Report on vaccination in Madras 1877-1894 - 1877-1894
Year: 1877
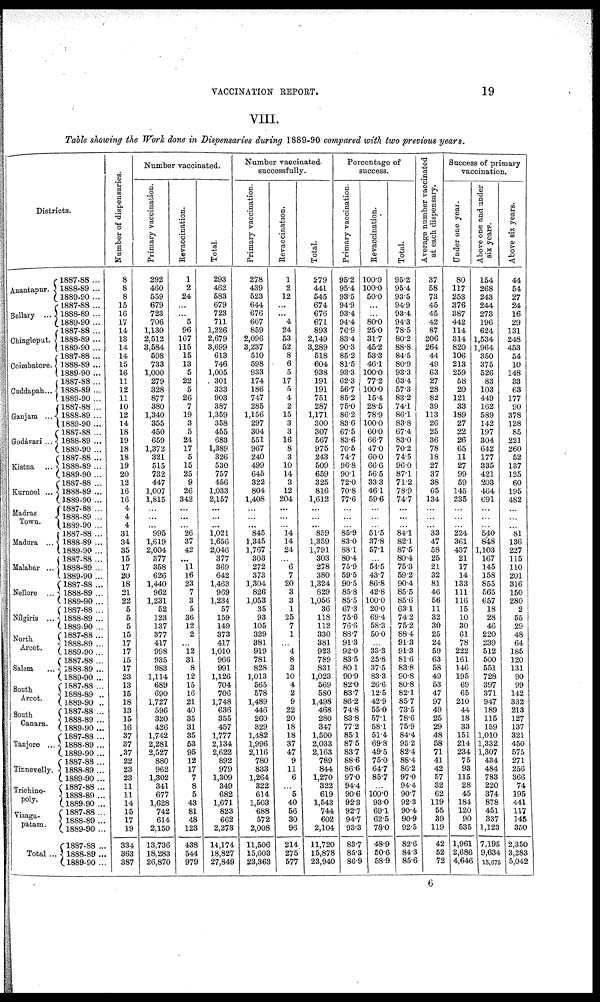
VACCINATION REPORT.
19
VIII.
Table showing the Work done in Dispensaries during 1889-90 compared with two previous years.
Districts.
Anantapur.
Bellary ...
Chingleput.
Coimbatore.
Cuddapah...
Ganjam ...
Godávari ...
Kistna ...
Kurnool ...
Madras
Town.
Madura ...
Malabar ...
Nellore ...
Nílgiris ...
North
Arcot.
Salem ...
South
Arcot.
South
Canara.
Tanjore ...
Tinnevelly.
Trichino¬
poly.
Vizaga¬
patam.
Total ...
1887-88 ...
1888-89 ...
1889-90 ...
1887-88 ...
1888-89 ...
1889-90 ...
1887-88 ...
1888-89 ...
1889-90 ...
1887-88 ...
1888-89 ...
1889-90 ...
1887-88 ...
1888-89 ...
1889-90 ...
1887-88 ...
1888-89 ...
1889-90...
1887-88 ...
1888-89 ...
1889-90 ...
1887-88 ...
1888-89 ...
1889-90...
1887-88 ...
1888-89 ...
1889-90...
1887-88 ...
1888-89 ...
1889-90 ...
1887-88 ...
1888-89 ...
1889-90 ...
1887-88 ...
1888-89 ...
1889-90 ...
1887-88 ...
1888-89 ...
1889-90 ...
1887-88 ...
1888-89 ...
1889-90 ...
1887-88...
1888-89 ...
1889-90...
1887-88 ...
1888-89 ...
1889-90 ...
1887-88 ...
1888-89 ..
1889-90 ..
1887-88 ...
1888-89 ...
1889-90 ...
1887-88 ...
1888-89 ...
1889-90...
1887-88 ...
1888-89 ...
1889-90 ...
1887-88 ...
1888-89 ...
1889-90 ...
1887-88 ...
1888-89 ...
1889-90 ...
1887-88 ...
1888-89 ...
1889-90 ...
Number of dispensaries.
8
8
8
15
16
17
14
13
14
14
15
16
11
12
11
10
12
14
18
19
18
18
19
20
12
16
16
4
4
4
31
34
35
15
17
20
18
21
22
5
5
5
15
17
17
15
17
23
13
15
18
13
15
16
37
37
37
22
23
23
11
11
14
15
17
19
334
363
387
Number vaccinated.
Primary vaccination.
292
460
559
679
723
706
1,130
2,512
3,584
598
733
1,000
279
328
877
380
1,340
355
450
659
1,372
321
515
732
447
1,007
1,815
...
...
...
995
1,619
2,004
377
358
626
1,440
962
1,231
52
123
137
377
417
998
935
983
1,114
689
690
1,727
596
320
426
1,742
2,281
2,527
880
962
1,302
341
677
1,628
742
614
2,150
13,736
18,283
26,870
Revaccination.
1
2
24
...
...
5
96
167
115
15
13
5
22
5
26
7
19
3
5
24
17
5
15
25
9
26
342
...
...
...
26
37
42
...
11
16
23
7
3
5
36
12
2
...
12
31
8
12
15
16
21
40
35
31
35
53
95
12
17
7
8
5
43
81
48
123
438
544
979
Total.
293
462
583
679
723
711
1,226
2,679
3,699
613
746
1,005
301
333
903
387
1,359
358
455
683
1,389
326
530
757
456
1,033
2,157
...
...
...
1,021
1,656
2,046
377
369
642
1,463
969
1,234
57
159
149
373
417
1,010
966
991
1,126
704
706
1,748
636
355
457
1,777
2,134
2,622
892
979
1,309
349
682
1,671
823
662
2,273
14,174
18,827
27,849
Number vaccinated
successfully.
Primary vaccination.
278
439
523
644
676
667
859
2,096
3,237
510
598
933
174
186
747
285
1,156
297
304
551
967
240
499
645
322
804
1,408
...
...
...
845
1,345
1,767
303
272
373
1,304
826
1,053
35
93
105
329
381
919
781
828
1,013
565
578
1,489
446
260
329
1,482
1,996
2,116
780
833
1,264
322
614
1,503
688
572
2,008
11,506
15,603
23,363
Revaccination.
1
2
12
...
...
4
24
53
52
8
6
5
17
5
4
2
15
3
3
16
8
3
10
14
3
12
204
...
...
...
14
14
24
...
6
7
20
3
3
1
25
7
1
...
4
8
3
10
4
2
9
22
20
18
18
37
47
9
11
6
...
5
40
56
30
96
214
275
577
Total.
279
441
545
674
676
671
893
2,149
3,289
518
604
938
191
191
751
287
1,171
300
307
567
975
243
509
659
325
816
1,612
...
...
...
859
1,359
1,791
303
278
380
1,324
829
1,056
36
118
112
330
381
923
789
831
1,023
569
580
1,498
468
280
347
1,500
2,033
2,163
789
844
1,270
322
619
1,543
744
602
2,104
11,720
15,878
23,940
Percentage of
success.
Primary vaccination.
95.2
95.4
93.5
94.9
93.4
94.4
76.9
83.4
90.3
85.2
81.5
93.3
62.3
56.7
85.2
75.0
86.2
83.6
67.5
83.6
70.5
74.7
96.8
90.1
72.0
70.8
77.6
...
...
...
85.9
83.0
88.1
80.4
75.9
59.5
90.5
85.8
85.5
67.3
75.6
76.6
88.7
91.3
92.0
83.5
80.1
90.9
82.0
83.7
86.2
74.8
83.8
77.2
85.1
87.5
83.7
88.6
86.6
97.0
94.4
90.6
92.3
92.7
94.7
93.3
83.7
85.3
86.9
Revaccination.
100.0
100.0
50.0
...
...
80.0
25.0
31.7
45.2
53.3
46.1
100.0
77.2
100.0
15.4
28.5
78.9
100.0
60.0
66.7
47.0
60.0
66.6
56.5
33.3
46.1
59.6
...
...
...
51.5
37.8
57.1
...
54.5
43.7
86.8
42.8
100.0
20.0
69.4
58.3
50.0
...
33.3
25.8
37.5
83.3
26.6
12.5
42.9
55.0
57.1
58.1
51.4
69.8
49.5
75.0
64.7
85.7
...
100.0
93.0
69.1
62.5
78.0
48.9
50.6
58.9
Total.
95.2
95.4
93.5
94.9
93.4
94.3
78.5
80.2
88.8
84.5
80.9
93.3
63.4
57.3
83.2
74.1
86.1
83.8
67.4
83.0
70.2
74.5
96.0
87.1
71.2
78.9
74.7
...
...
...
84.1
82.1
87.5
80.4
75.3
59.2
90.4
85.5
85.6
63.1
74.2
75.2
88.4
91.3
91.3
81.6
83.8
90.8
80.8
82.1
85.7
73.5
78.6
75.9
84.4
95.2
82.4
88.4
86.2
97.0
94.4
90.7
92.3
90.4
90.9
92.5
82.6
84.3
85.6
Average number vaccinated
at each dispensary.
37
58
73
45
45
42
87
206
264
44
49
63
27
28
82
39
113
26
25
36
78
18
27
37
38
65
134
...
...
...
33
47
58
25
21
32
81
46
56
11
32
30
25
24
59
63
58
49
53
47
97
49
25
29
48
58
71
41
42
57
32
62
119
55
39
119
42
52
72
Success of primary
vaccination.
Under one year.
80
117
253
376
387
442
114
314
820
106
213
259
58
20
121
33
189
27
22
26
65
11
27
99
59
145
235
...
...
...
224
361
437
21
17
14
133
111
116
15
10
30
61
78
222
161
146
195
69
65
210
44
18
33
151
214
234
75
93
115
28
45
184
120
90
535
1,961
2,686
4,646
Above one and under
six years.
154
268
243
244
273
196
624
1,534
1,964
350
375
526
83
103
449
162
589
142
197
304
642
177
335
421
203
464
691
...
...
...
540
848
1,103
167
145
158
855
565
657
18
28
46
220
239
512
500
551
728
397
371
947
189
115
159
1,010
1,332
1,307
434
484
783
220
374
878
451
337
1,123
7,195
9,634
13,675
Above six years.
44
54
27
24
16
29
131
248
453
54
10
148
33
63
177
90
378
128
85
221
260
52
137
125
60
195
482
...
...
...
81
136
227
115
110
201
316
150
280
2
55
29
48
64
185
120
131
90
99
142
332
213
127
137
321
450
575
271
256
366
74
195
441
117
145
350
2,350
3,283
5,042
6